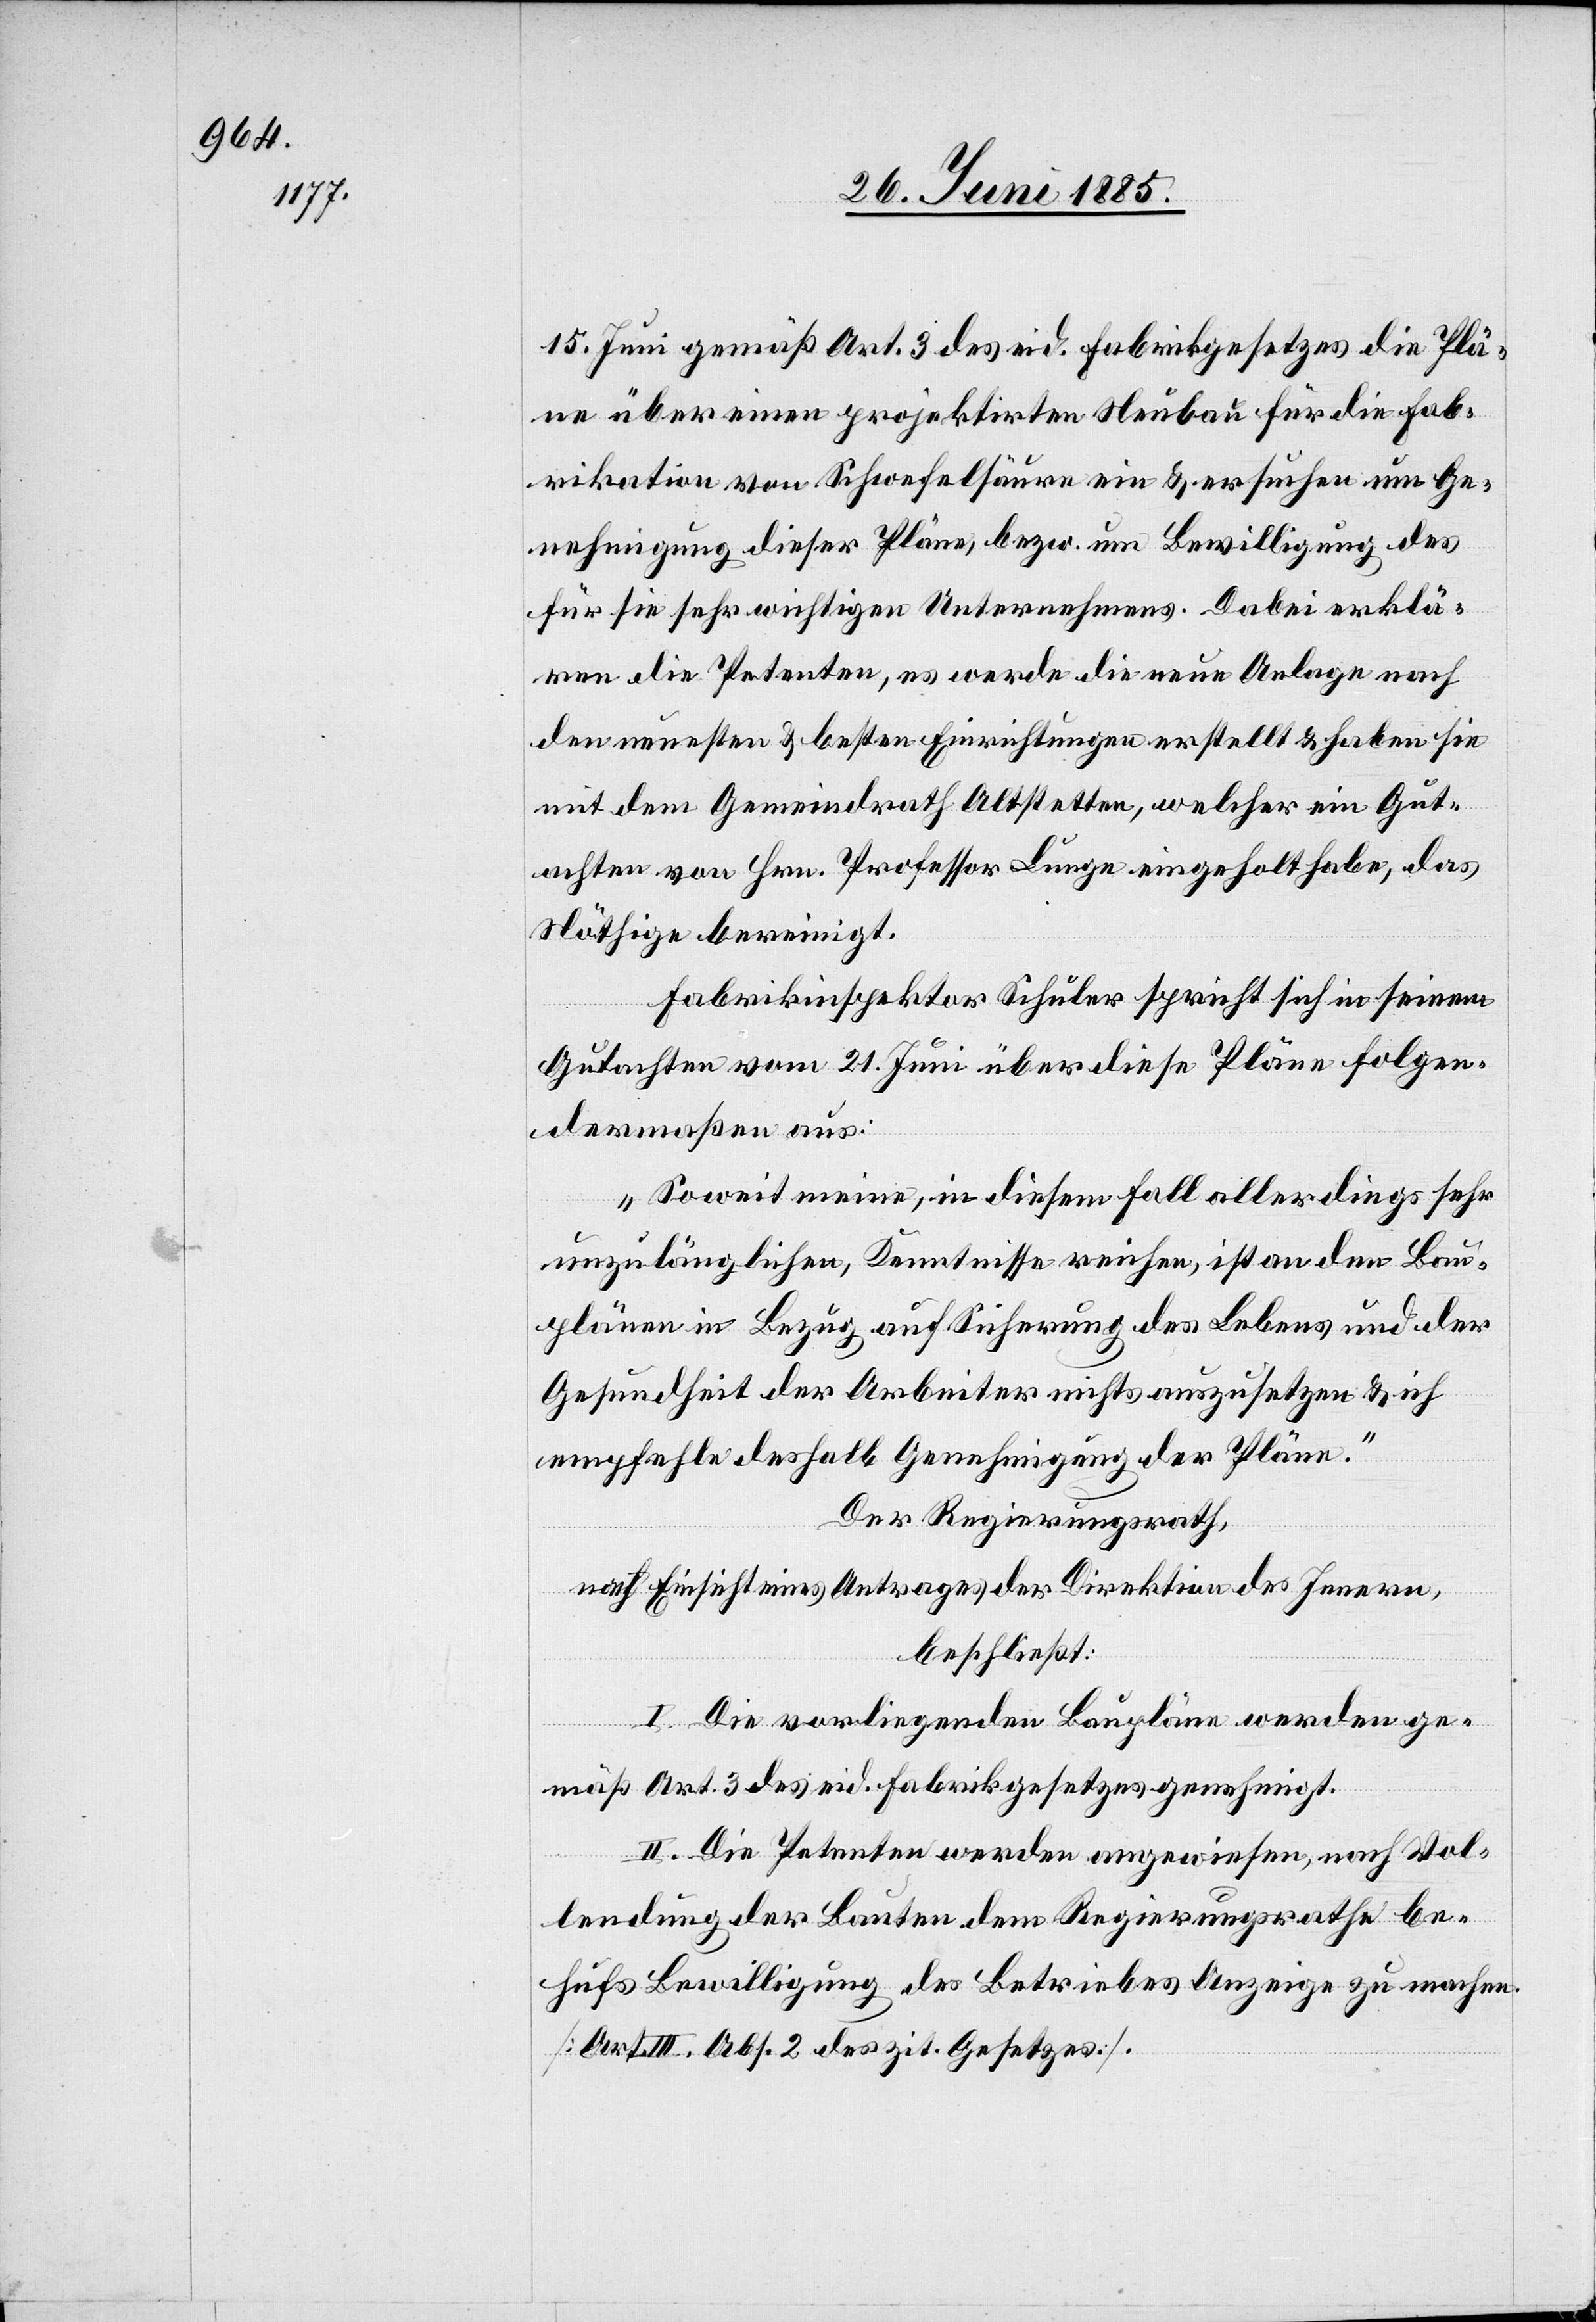
15. Juni gemäß Art. 3 des eid. Fabrikgesetzes die Plä¬
ne über einen projektirten Neubau für die Fab¬
rikation von Schwefelsäure ein & ersuchen um Ge¬
nehmigung dieser Pläne, bezw. um Bewilligung des
für sie sehr wichtigen Unternehmens. Dabei erklä¬
ren die Petenten, es werde die neue Anlage nach
den neuesten & besten Einrichtungen erstellt & haben sie
mit dem Gemeindrath Altstetten, welcher ein Gut¬
achten von Hrn. Professor Lunge eingeholt habe, das
Nöthige bereinigt.
Fabrikinspektor Schuler spricht sich in seinem
Gutachten vom 21. Juni über diese Pläne folgen¬
dermaßen aus:
„Soweit meine, in diesem Fall allerdings sehr
unzulänglichen, Kenntnisse reichen, ist an den Bau¬
plänen in Bezug auf Sicherung des Lebens und der
Gesundheit der Arbeiter nichts auszusetzen & ich
empfehle deshalb Genehmigung der Pläne.“
Der Regierungsrath,
nach Einsicht eines Antrages der Direktion des Innern,
beschließt:
I. Die vorliegenden Baupläne werden ge¬
mäß Art. 3 des eid. Fabrikgesetzes genehmigt.
II. Die Petenten werden angewiesen, nach Vol¬
lendung der Bauten dem Regierungsrathe be¬
hufs Bewilligung des Betriebes Anzeige zu machen.
[Art. III, Abs. 2 des zit. Gesetzes].